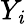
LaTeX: Y_{\mathit{i}}